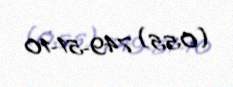
(055) 749-51-10